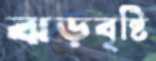
ঝড়বৃষ্টি